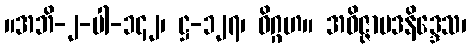
။အဘိ-၂-ပါ-၁၄၂၊ ဋ္ဌ-၁၂၇၊ ဝိဂ္ဂဟ။ အဝိဇ္ဇာပဒနိဒ္ဒေသ၊